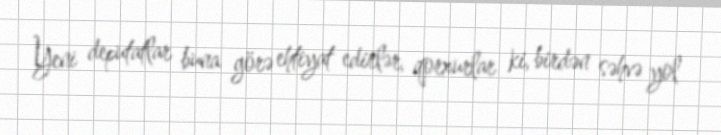
Yeni deputatlar buna görə ehtiyat edirlər, qorxurlar ki, birdən səhvə yol